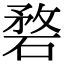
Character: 𥓺